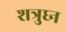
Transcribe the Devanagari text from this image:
शत्रुघ्‍न